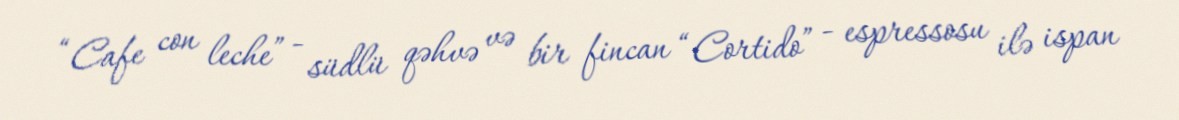
“Cafe con leche” - südlü qəhvə və bir fincan “Cortido” - espressosu ilə ispan